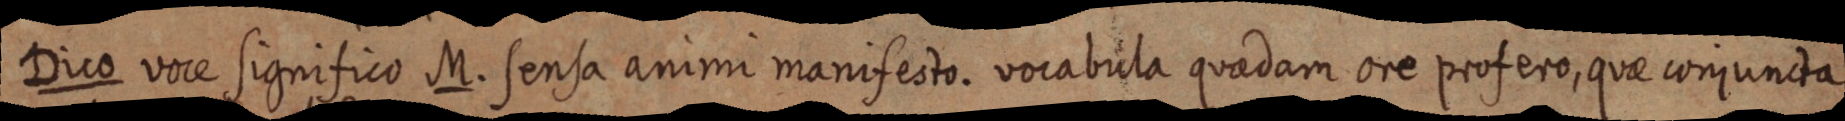
Dico vore significo M. sensa animi manifesto. vocabula quaedam ore profero, quae comjuncta